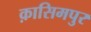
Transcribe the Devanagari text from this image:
क़ासिमपुर